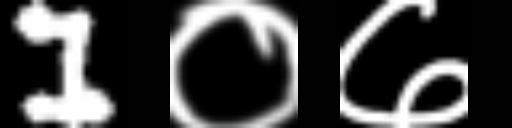
Text: 1०७